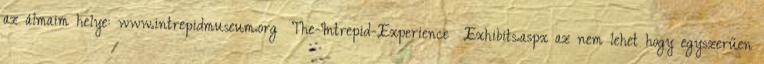
az álmaim helye: www.intrepidmuseum.org The-Intrepid-Experience Exhibits.aspx az nem lehet hogy egyszerűen